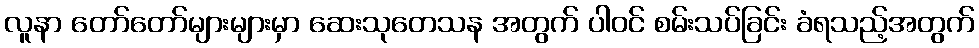
လူနာ တော်တော်များများမှာ ဆေးသုတေသန အတွက် ပါဝင် စမ်းသပ်ခြင်း ခံရသည့်အတွက်